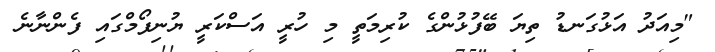
"މިއަދު އަޅުގަނޑު ތިޔަ ބޭފުޅުންގެ ކުރިމަތީ މި ހުރީ އަސްކަރީ ޔުނިފޯމްގައި ފެންނާނެ